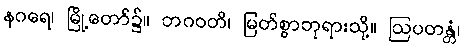
နဂရေ၊ မြို့တော်၌။ ဘဂဝတိ၊ မြတ်စွာဘုရားသို့။ ဩပတန္တံ၊